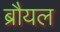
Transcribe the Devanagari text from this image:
ब्रौयल